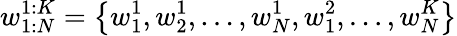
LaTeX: w_{1:N}^{1:K}=\big\{ w_{1}^{1},w_{2}^{1},\dots,w_{N}^{1},w_{1}^{2},\dots,w_{N}^{K}\big\}